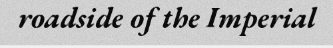
roadside of the Imperial